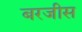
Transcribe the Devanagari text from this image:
बरजीस